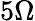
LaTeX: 5\Omega